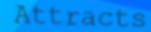
Attracts